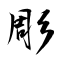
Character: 彫